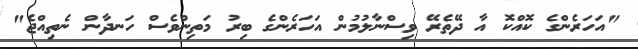
"އަހަރެންގެ ކޮއްކޮ އާ ދޭތެރޭ ވިސްނާލުމުން އަހަރެންގެ ބިރު މަތިންވެސް ހަނދާން ނެތިއްޖެ"